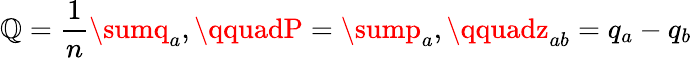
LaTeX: \mathbb{Q}={\frac{{1}}{{n}}}\sumq_{a},\qquadP=\sump_{a},\qquadz_{ab}=q_{a}-q_{b}